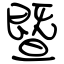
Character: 暨